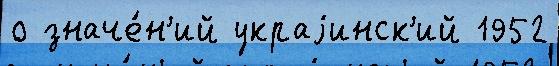
о значе́н'ий украjинск'ий 1952